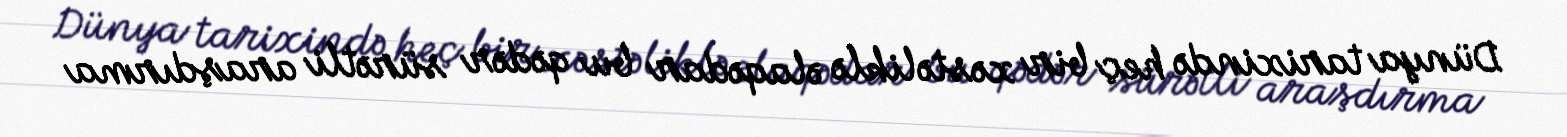
Dünya tarixində heç bir xəstəliklə əlaqədar bu qədər sürətli araşdırma